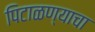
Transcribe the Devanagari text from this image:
पिटाळण्याचा